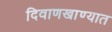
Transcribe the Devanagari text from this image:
दिवाणखाण्यात